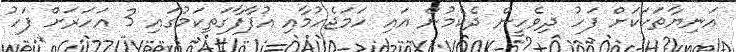
އަނިޔާތަކަކަށް ފަހު ދިވެހީން ދެކެމުން އައި ހަމަޖެހުމާއި އުފާފާގަތިކަމުގައި 3 އަހަރަށް ފަހު